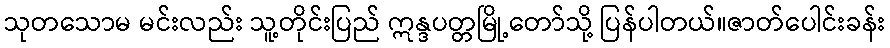
သုတသောမ မင်းလည်း သူ့တိုင်းပြည် ဣန္ဒပတ္တမြို့တော်သို့ ပြန်ပါတယ်။ဇာတ်ပေါင်းခန်း